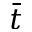
\Bar { t }